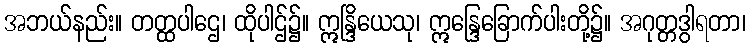
အဘယ်နည်း။ တတ္ထပါဌေ၊ ထိုပါဌ်၌။ ဣန္ဒြိယေသု၊ ဣန္ဒြေခြောက်ပါးတို့၌။ အဂုတ္တဒွါရတာ၊